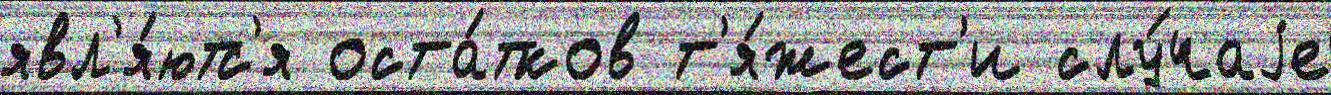
явл'я́ютс'я оста́тков т'я́жест'и слу́чаjе